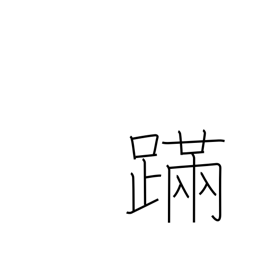
Meaning: staggering